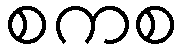
စကစ